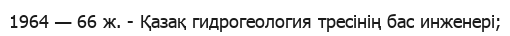
1964 — 66 ж. - Қазақ гидрогеология тресінің бас инженері;